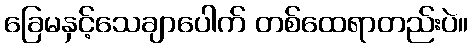
ခြေမနှင့်သေချာပေါက် တစ်ထေရာတည်းပဲ။